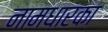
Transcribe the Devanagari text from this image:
नामधारका